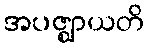
အပဇ္ဈာယတိ